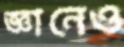
জ্ঞানেও